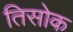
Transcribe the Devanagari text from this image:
तिसोक